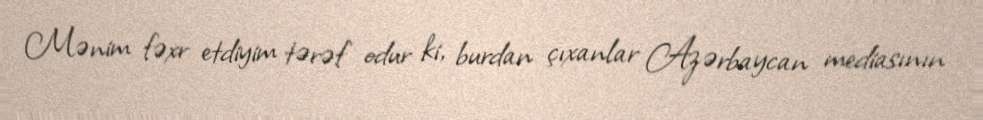
Mənim fəxr etdiyim tərəf odur ki, burdan çıxanlar Azərbaycan mediasının